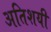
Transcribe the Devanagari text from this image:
अतिशयी